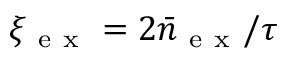
\xi _ { \mathrm { ~ e ~ x ~ } } = 2 \bar { n } _ { \mathrm { ~ e ~ x ~ } } / \tau